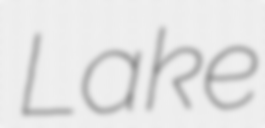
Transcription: Lake